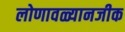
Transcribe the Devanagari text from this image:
लोणावळ्यानजीक